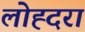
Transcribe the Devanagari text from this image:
लोह्दरा